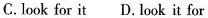
C.look for it D. Look it for